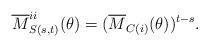
LaTeX: \begin{align*}\overline{M}_{S(s,t)}^{ii}(\theta) = (\overline{M}_{C(i)}(\theta) )^{t-s}. \end{align*}